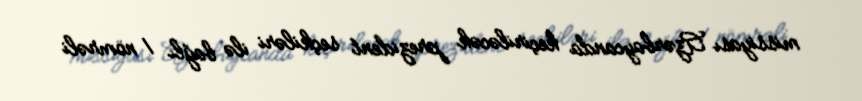
missiyası Azərbaycanda keçiriləcək prezident seçkiləri ilə bağlı 1 nömrəli